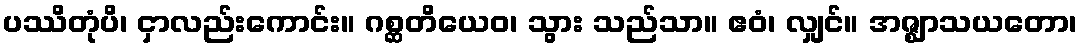
ပဿိတုံပိ၊ ငှာလည်းကောင်း။ ဂစ္ဆတိယေဝ၊ သွား သည်သာ။ ဧဝံ၊ လျှင်။ အဇ္ဈာသယတော၊